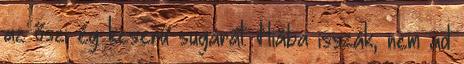
az őszi ég keserű sugarát. Hiába isszák, nem ad